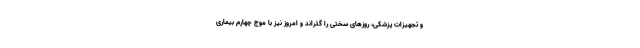
و تجهیزات پزشکی، روزهای سختی را گذراند و امروز نیز با موج چهارم بیماری